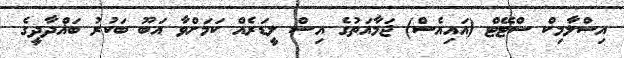
އިސްލާމިކް ސްޓޭޓް (އައިއެސް) ޖަމާއަތުގެ އިސް ލީޑަރެއް ކަމަށްވާ އަބޫ ބަކުރު ބަޣްދާދީގެ